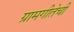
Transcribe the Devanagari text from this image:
ग्रामगीतेची